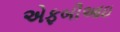
એફબીઆઇ